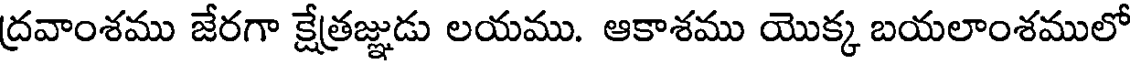
ద్రవాంశము జేరగా క్షేత్రజ్ఞుడు లయము. ఆకాశము యొక్క బయలాంశములో